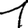
Digit: 1